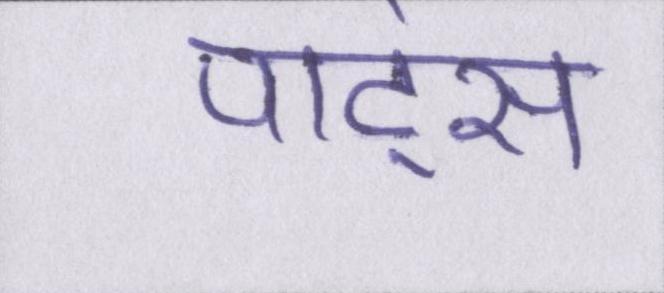
पार्ट्स